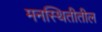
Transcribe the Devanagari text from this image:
मनस्थितीतील